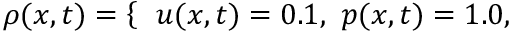
\rho ( x , t ) = \left\{ \begin{array} { r l } \end{array} \right. ~ u ( x , t ) = 0 . 1 , ~ p ( x , t ) = 1 . 0 ,